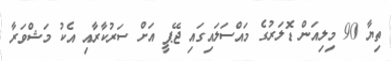
ތިޔާ 90 މިލިއަން ޑޮލަރުގެ މައްސަލައިގައި ޖޭޕީ އަށް ސަރުކާރާއި އެކު މަޝްވަރާ